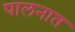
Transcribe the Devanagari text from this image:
पालनात